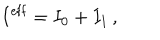
I ^ { \mathrm { e f f } } = I _ { 0 } + I _ { 1 } \, ,